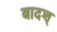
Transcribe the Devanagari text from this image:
बादश्